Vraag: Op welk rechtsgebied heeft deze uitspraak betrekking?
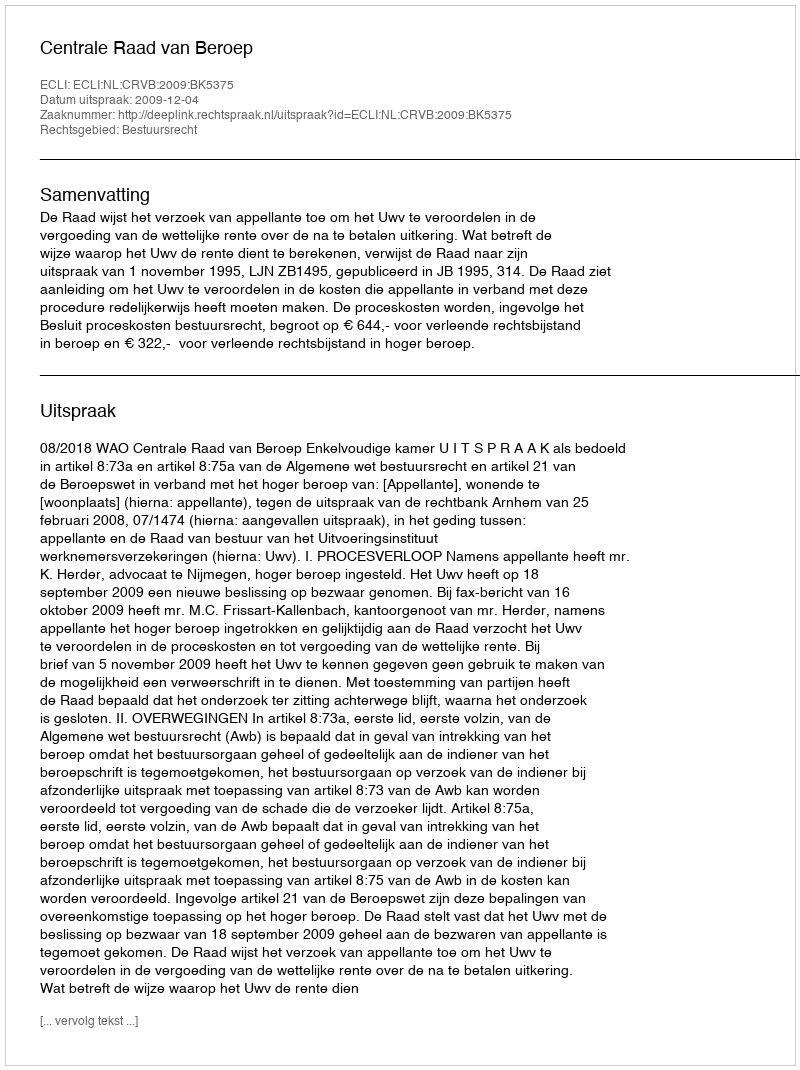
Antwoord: Bestuursrecht